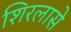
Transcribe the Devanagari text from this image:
शिरलासे